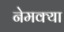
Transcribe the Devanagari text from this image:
नेमक्‍या